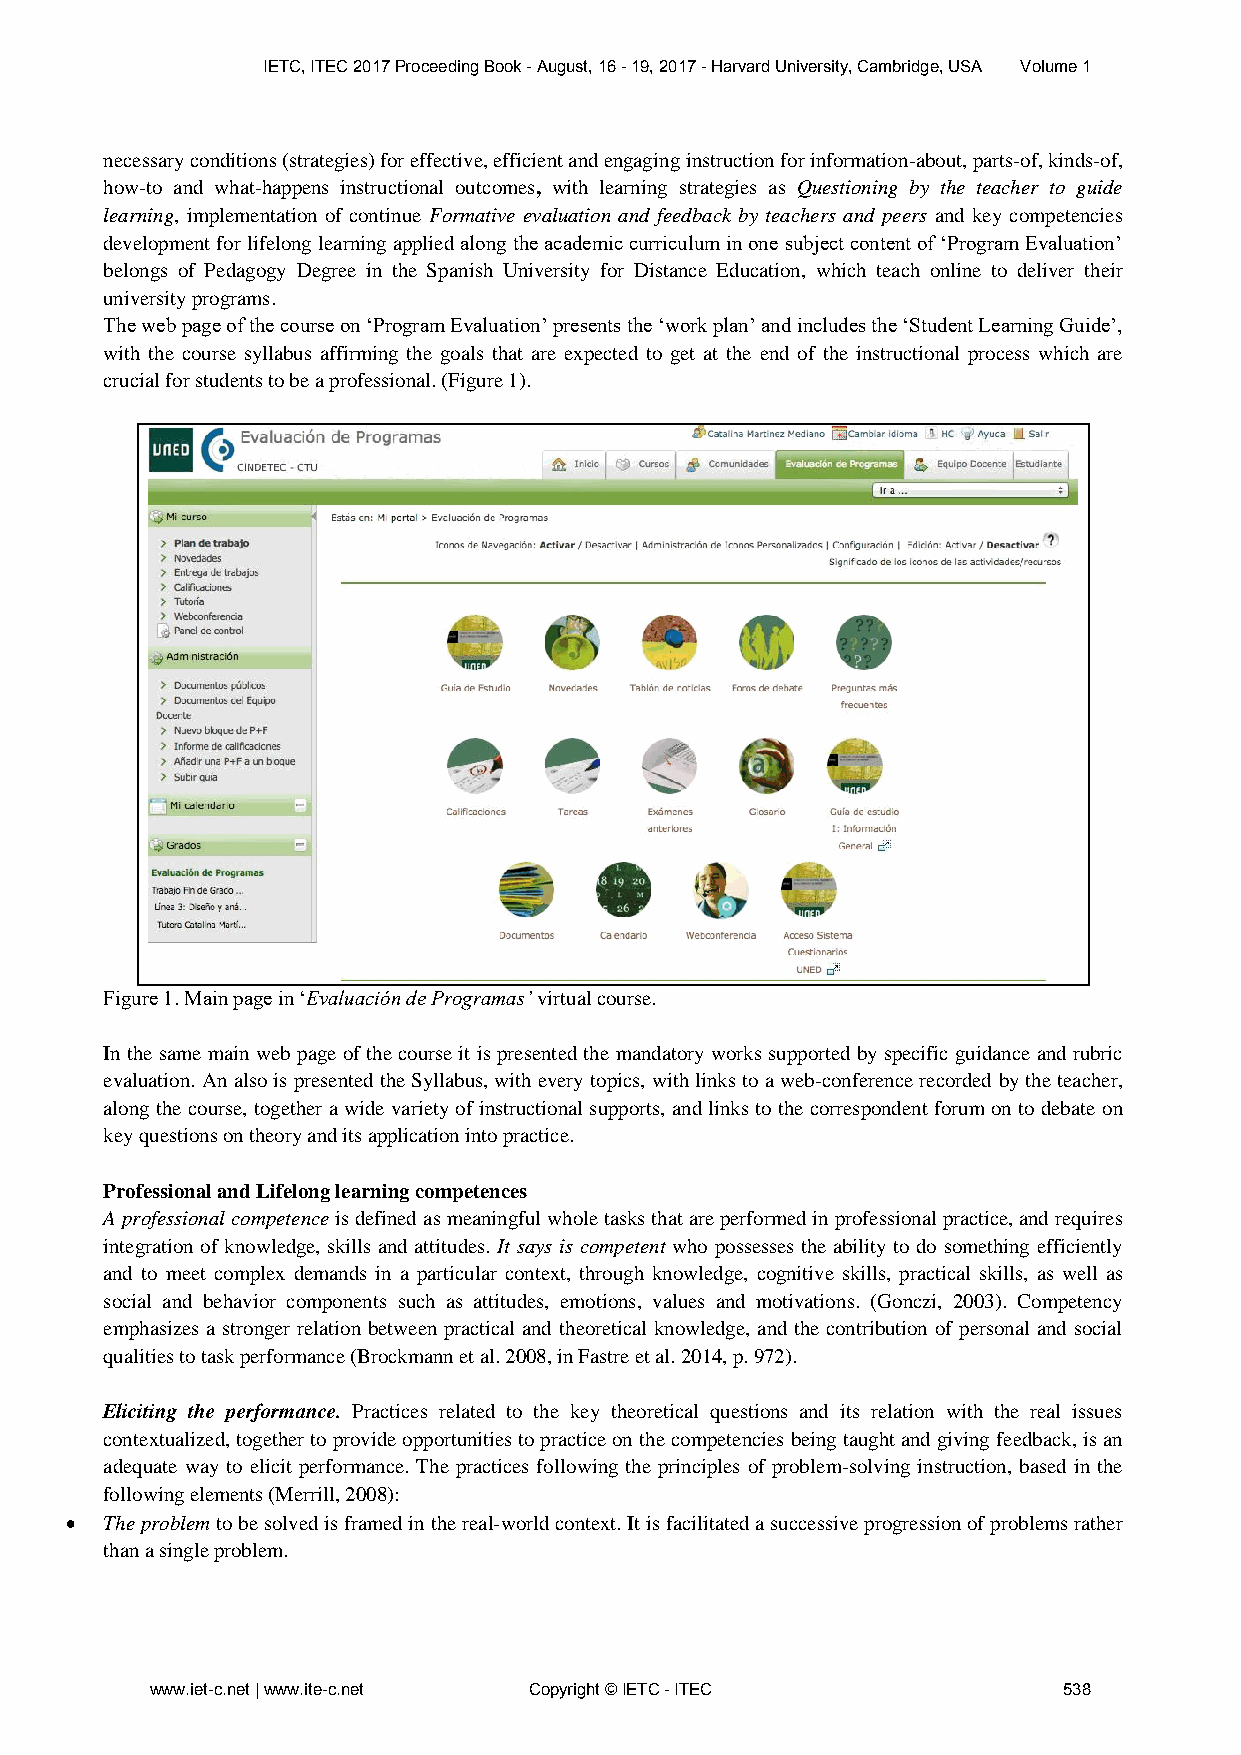
IETC, ITEC 2017 Proceeding Book - August, 16 - 19, 2017 - Harvard University, Cambridge, USA Volume 1
 necessary conditions (strategies) for effective, efficient and engaging instruction for information-about, parts-of, kinds-of,
 how-to and what-happens instructional outcomes, with learning strategies as Questioning by the teacher to guide
 learning, implementation of continue Formative evaluation and feedback by teachers and peers and key competencies
 development for lifelong learning applied along the academic curriculum in one subject content of ‘Program Evaluation’
 belongs of Pedagogy Degree in the Spanish University for Distance Education, which teach online to deliver their
 university programs.
 The web page of the course on ‘Program Evaluation’ presents the ‘work plan’ and includes the ‘Student Learning Guide’,
 with the course syllabus affirming the goals that are expected to get at the end of the instructional process which are
 crucial for students to be a professional. (Figure 1).
 Figure 1. Main page in ‘Evaluación de Programas’ virtual course.
 In the same main web page of the course it is presented the mandatory works supported by specific guidance and rubric
 evaluation. An also is presented the Syllabus, with every topics, with links to a web-conference recorded by the teacher,
 along the course, together a wide variety of instructional supports, and links to the correspondent forum on to debate on
 key questions on theory and its application into practice.
 Professional and Lifelong learning competences
 A professional competence is defined as meaningful whole tasks that are performed in professional practice, and requires
 integration of knowledge, skills and attitudes. It says is competent who possesses the ability to do something efficiently
 and to meet complex demands in a particular context, through knowledge, cognitive skills, practical skills, as well as
 social and behavior components such as attitudes, emotions, values and motivations. (Gonczi, 2003). Competency
 emphasizes a stronger relation between practical and theoretical knowledge, and the contribution of personal and social
 qualities to task performance (Brockmann et al. 2008, in Fastre et al. 2014, p. 972).
 Eliciting the performance. Practices related to the key theoretical questions and its relation with the real issues
 contextualized, together to provide opportunities to practice on the competencies being taught and giving feedback, is an
 adequate way to elicit performance. The practices following the principles of problem-solving instruction, based in the
 following elements (Merrill, 2008):
   The problem to be solved is framed in the real-world context. It is facilitated a successive progression of problems rather
 than a single problem.
 www.iet-c.net | www.ite-c.net Copyright © IETC - ITEC       538